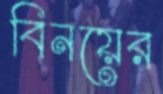
বিনয়ের